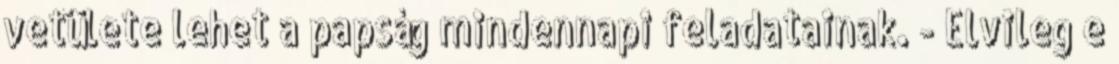
vetülete lehet a papság mindennapi feladatainak. - Elvileg e